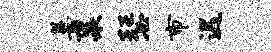
萋裘瑟市迟